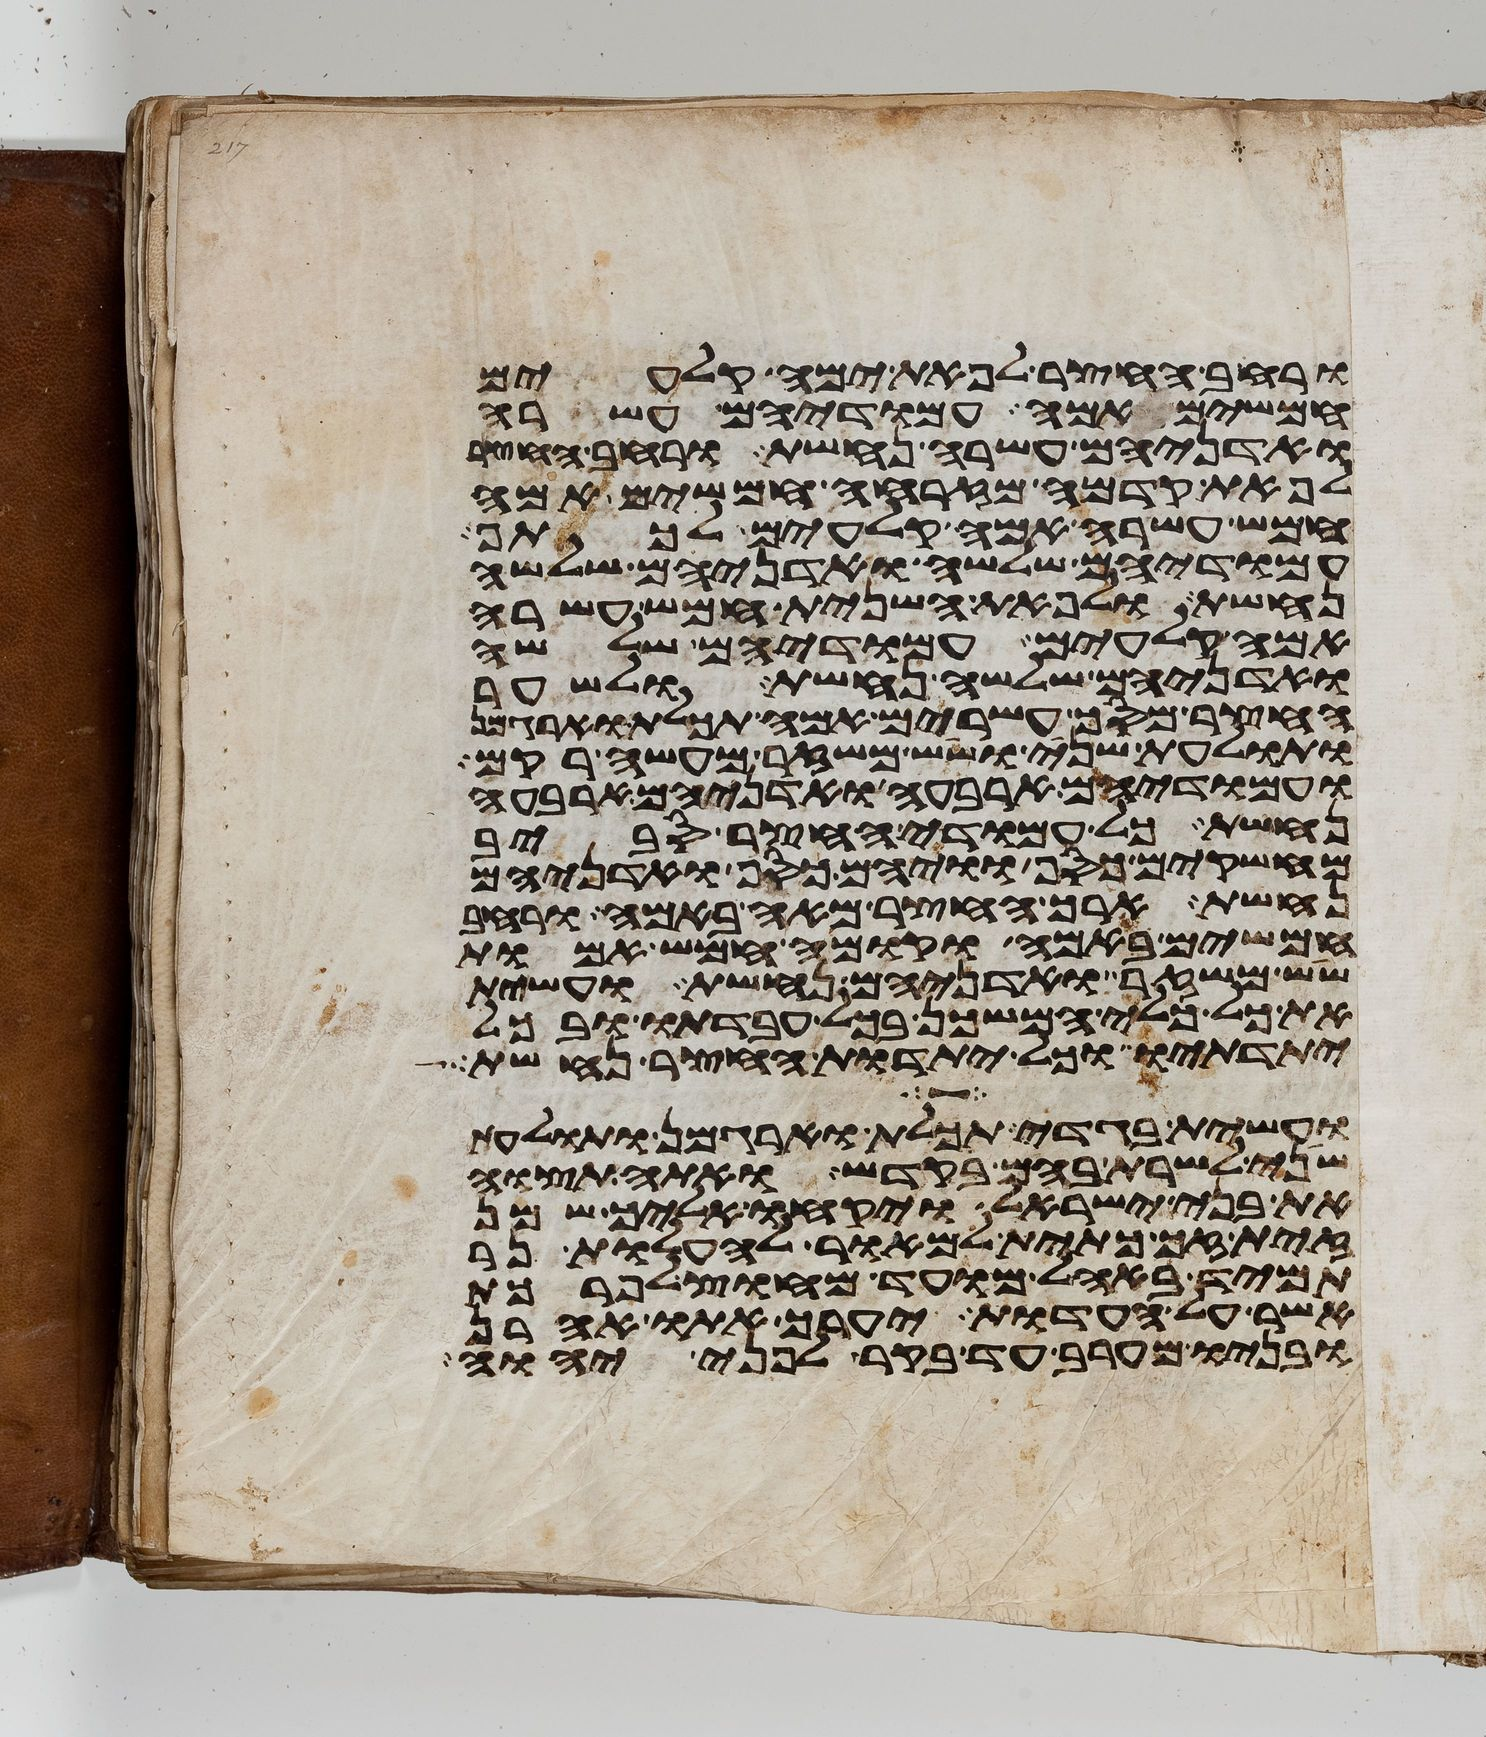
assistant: ורחב החצר לפאת ימה קלעים
חמשים אמה עמודיהם עשרה
ואדניהם עשרה נחשת ורחב החצר
לפאת קדמה מזרחה חמשים אמה
חמש עשרה אמה קלעים לכתף
עמודיהם שלשה ואדניהם שלשה
נחשת ולפאת השנית חמש עשרה
אמה קלעים עמודיהם שלשה
ואדניהם שלשה נחשת ולשער
החצר מסך עשרים אמה תכלת וארגמן
ותולעת שני ושש משזר מעשה רקם
ועמודיהם ארבעה ואדניהם ארבעה
נחשת כל עמודי החצר סביב
מחשקים כסף וויהם כסף ואדניהם
נחשת ארך החצר מאה באמה ורחב
חמשים באמה וקומה חמש אמות
שש משזר ואדניהם נחשת ועשית
את כל כלי המשכן בכל עבדתו ובכל
יתדתיו וכל יתדות החצר נחשת
ועשית בגדי תכלת וארגמן ותולעת
שני לשרת בהם בקדש ואתה תצוה
את בני ישראל ויקחו אליך שמן
זית זך כתית למאור להעלות נר
תמיד באהל מועד מחוץ לפרכת
אשר על העדות יעריך אתו אהרן
ובניו מערב עד בקר לפני יהוה